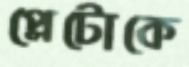
প্লেটোকে